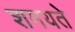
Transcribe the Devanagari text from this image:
शमयते